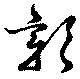
彰